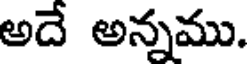
అదే అన్నము.